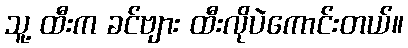
သူ့ ထီးက ခင်ဗျား ထီးလိုပဲကောင်းတယ်။